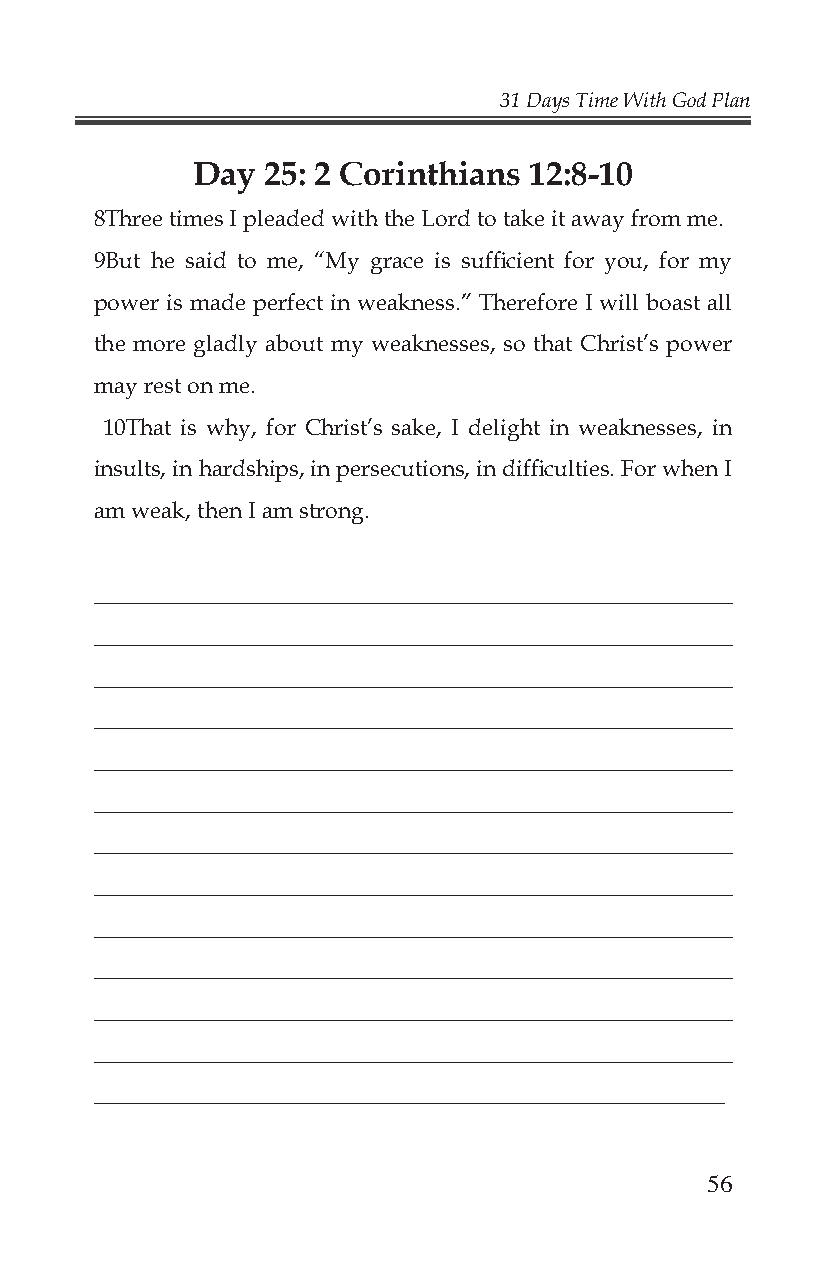
31 Days Time With God Plan
 Day  25: 2 Corinthians 12:8-10
 8Three times I pleaded with the Lord to take it away from me.
 9But he said to me, “My grace is suffi cient for you, for my
 power is made perfect in weakness.” Therefore I will boast all
 the more gladly about my weaknesses, so that Christ’s power
 may rest on me.
 10That is why, for Christ’s sake, I delight in weaknesses, in
 insults, in hardships, in persecutions, in diffi culties. For when I
 am weak, then I am strong.
 _______________________________________________________
 _______________________________________________________
 _______________________________________________________
 _______________________________________________________
 _______________________________________________________
 _______________________________________________________
 _______________________________________________________
 _______________________________________________________
 _______________________________________________________
 _______________________________________________________
 _______________________________________________________
 _______________________________________________________
 _______________________________________________________
 56